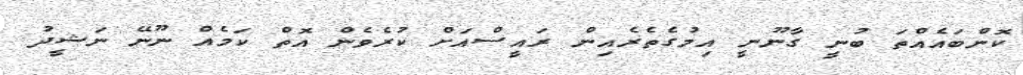
ކޮންބައެއްތަ ބުނީ ގާނޫނީ އިމުގެތެރެއިން ރައީސްއަށް ކުރެވެން އޮތް ކަމެއް ނޫނޭ ނަޝީދު